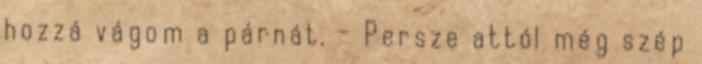
hozzá vágom a párnát. - Persze attól még szép